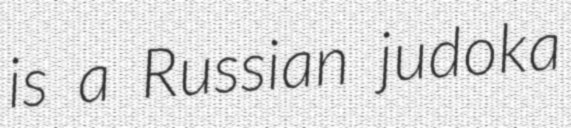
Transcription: is a Russian judoka